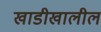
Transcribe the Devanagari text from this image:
खाडीखालील